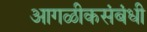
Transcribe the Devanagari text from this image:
आगळीकसंबंधी